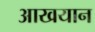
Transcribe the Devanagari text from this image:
आखयान